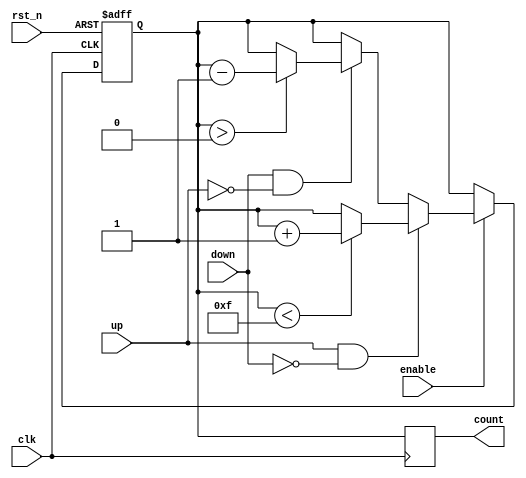
module UpDownCounter (
    input wire clk,          // Clock input
    input wire rst_n,       // Asynchronous reset (active low)
    input wire enable,      // Count enable signal
    input wire up,          // Count up signal
    input wire down,        // Count down signal
    output reg [3:0] count  // 4-bit count output
);

// Define the maximum count value
parameter MAX_COUNT = 4'b1111; // 15 for a 4-bit counter
parameter RESET_VALUE = 4'b0000; // Reset value

// Memory block to store the current count value
reg [3:0] memory;

always @(posedge clk or negedge rst_n) begin
    if (!rst_n) begin
        // Asynchronous reset
        memory <= RESET_VALUE;
    end else if (enable) begin
        if (up && !down) begin
            // Count Up
            if (memory < MAX_COUNT) begin
                memory <= memory + 1;
            end
        end else if (down && !up) begin
            // Count Down
            if (memory > 0) begin
                memory <= memory - 1;
            end
        end
    end
end

// Output the current count value
always @(posedge clk) begin
    count <= memory;
end

endmodule